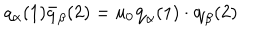
q _ { \alpha } ( 1 ) \bar { q } _ { \beta } ( 2 ) = u _ { 0 } { \bf q } _ { \alpha } ( 1 ) \cdot { \bf q } _ { \beta } ( 2 )